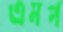
এমপ